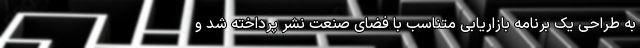
به طراحی یک برنامه بازاریابی متناسب با فضای صنعت نشر پرداخته شد و